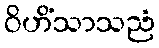
ဝိဟိံသာသညံ